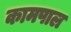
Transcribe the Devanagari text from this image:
कामपाल